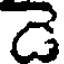
డె